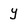
Character: y